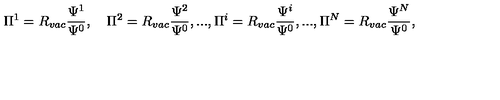
\Pi ^ { 1 } = R _ { v a c } \frac { \Psi ^ { 1 } } { \Psi ^ { 0 } } , \quad \Pi ^ { 2 } = R _ { v a c } \frac { \Psi ^ { 2 } } { \Psi ^ { 0 } } , . . . , \Pi ^ { i } = R _ { v a c } \frac { \Psi ^ { i } } { \Psi ^ { 0 } } , . . . , \Pi ^ { N } = R _ { v a c } \frac { \Psi ^ { N } } { \Psi ^ { 0 } } ,